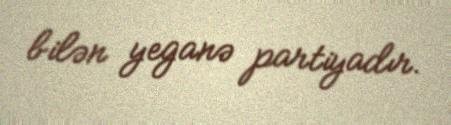
bilən yeganə partiyadır.